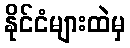
နိုင်ငံများထဲမှ